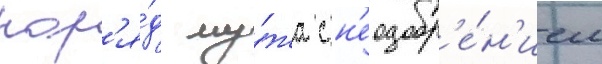
нар'я́д му́жа с н'еодобр'е́н'ием